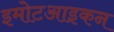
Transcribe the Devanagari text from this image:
इमोटआइकन